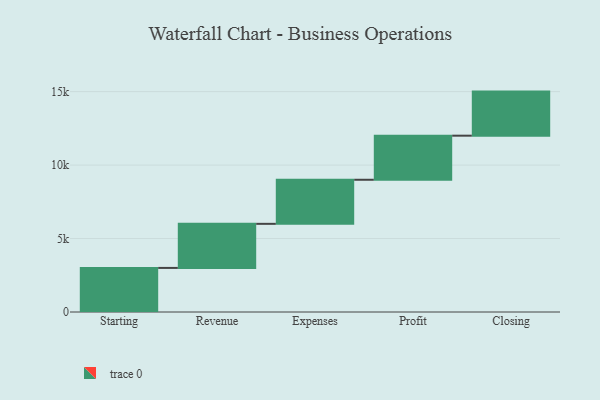
{"axis": {"x": "Step", "y": "Value"}, "legend": [""], "data": [{"x": "Starting", "y": 3000, "type": ""}, {"x": "Revenue", "y": 3000, "type": ""}, {"x": "Expenses", "y": 3000, "type": ""}, {"x": "Profit", "y": 3000, "type": ""}, {"x": "Closing", "y": 3000, "type": ""}]}